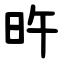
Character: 旿